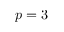
p = 3